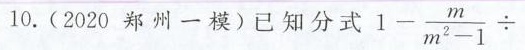
10.(2020郑州一模)已知分式 $ $ 1 - \ f r a c { m }